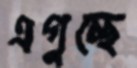
এগুচ্ছে